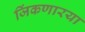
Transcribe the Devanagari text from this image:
जिंकणारया